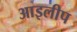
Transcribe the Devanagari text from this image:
आइलीप